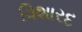
વિશારદ